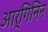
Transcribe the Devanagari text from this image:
आर्गिनिन